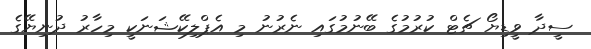
ސީދާ ވީޑިޔޯ ޗެޓް ކުރުމުގެ ބޭނުމުގައި ނެރުނު މި އެޕްލިކޭޝަނަކީ މިހާރު ދުނިޔޭގެ